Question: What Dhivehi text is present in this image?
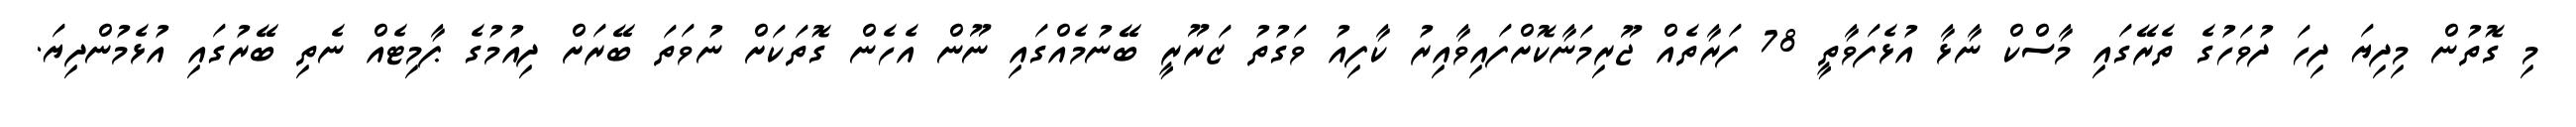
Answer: މި ގޮތުން މިދިޔަ ދިހަ ދުވަހުގެ ތެރޭގައި މާސްކް ނާޅާ އުޅެފަވާތީ 78 ފަރާތެއް ޖޫރިމަނާކޮށްފައިވާއިރު ކާފިއު ވަގުތު ޒަރޫރީ ބޭނުމެއްގައި ނޫން އެހެން ގޮތަކަށް ނުވަތަ ބޭރަށް ދިއުމުގެ ޕާމިޓެއް ނެތި ބޭރުގައި އުޅެމުންދިޔަ.